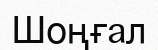
Шоңғал